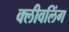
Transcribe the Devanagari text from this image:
क्लीवलिंग